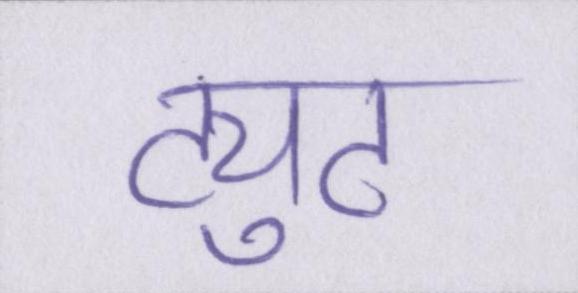
ट्युट